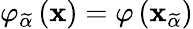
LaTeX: \varphi_{\widetilde{\alpha}}\left(\mathbf{x}\right)=\varphi\left(\mathbf{x}_{\widetilde{\alpha}}\right)